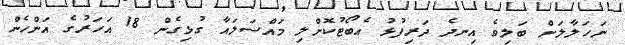
ނަހަލާލަށް ބަލިވެ އިނދެ ދަރިފުޅު އެބޯޓުކޮށްލި މައްސަލައާ ގުޅިގެން 18 އަހަރުގެ އަންހެން